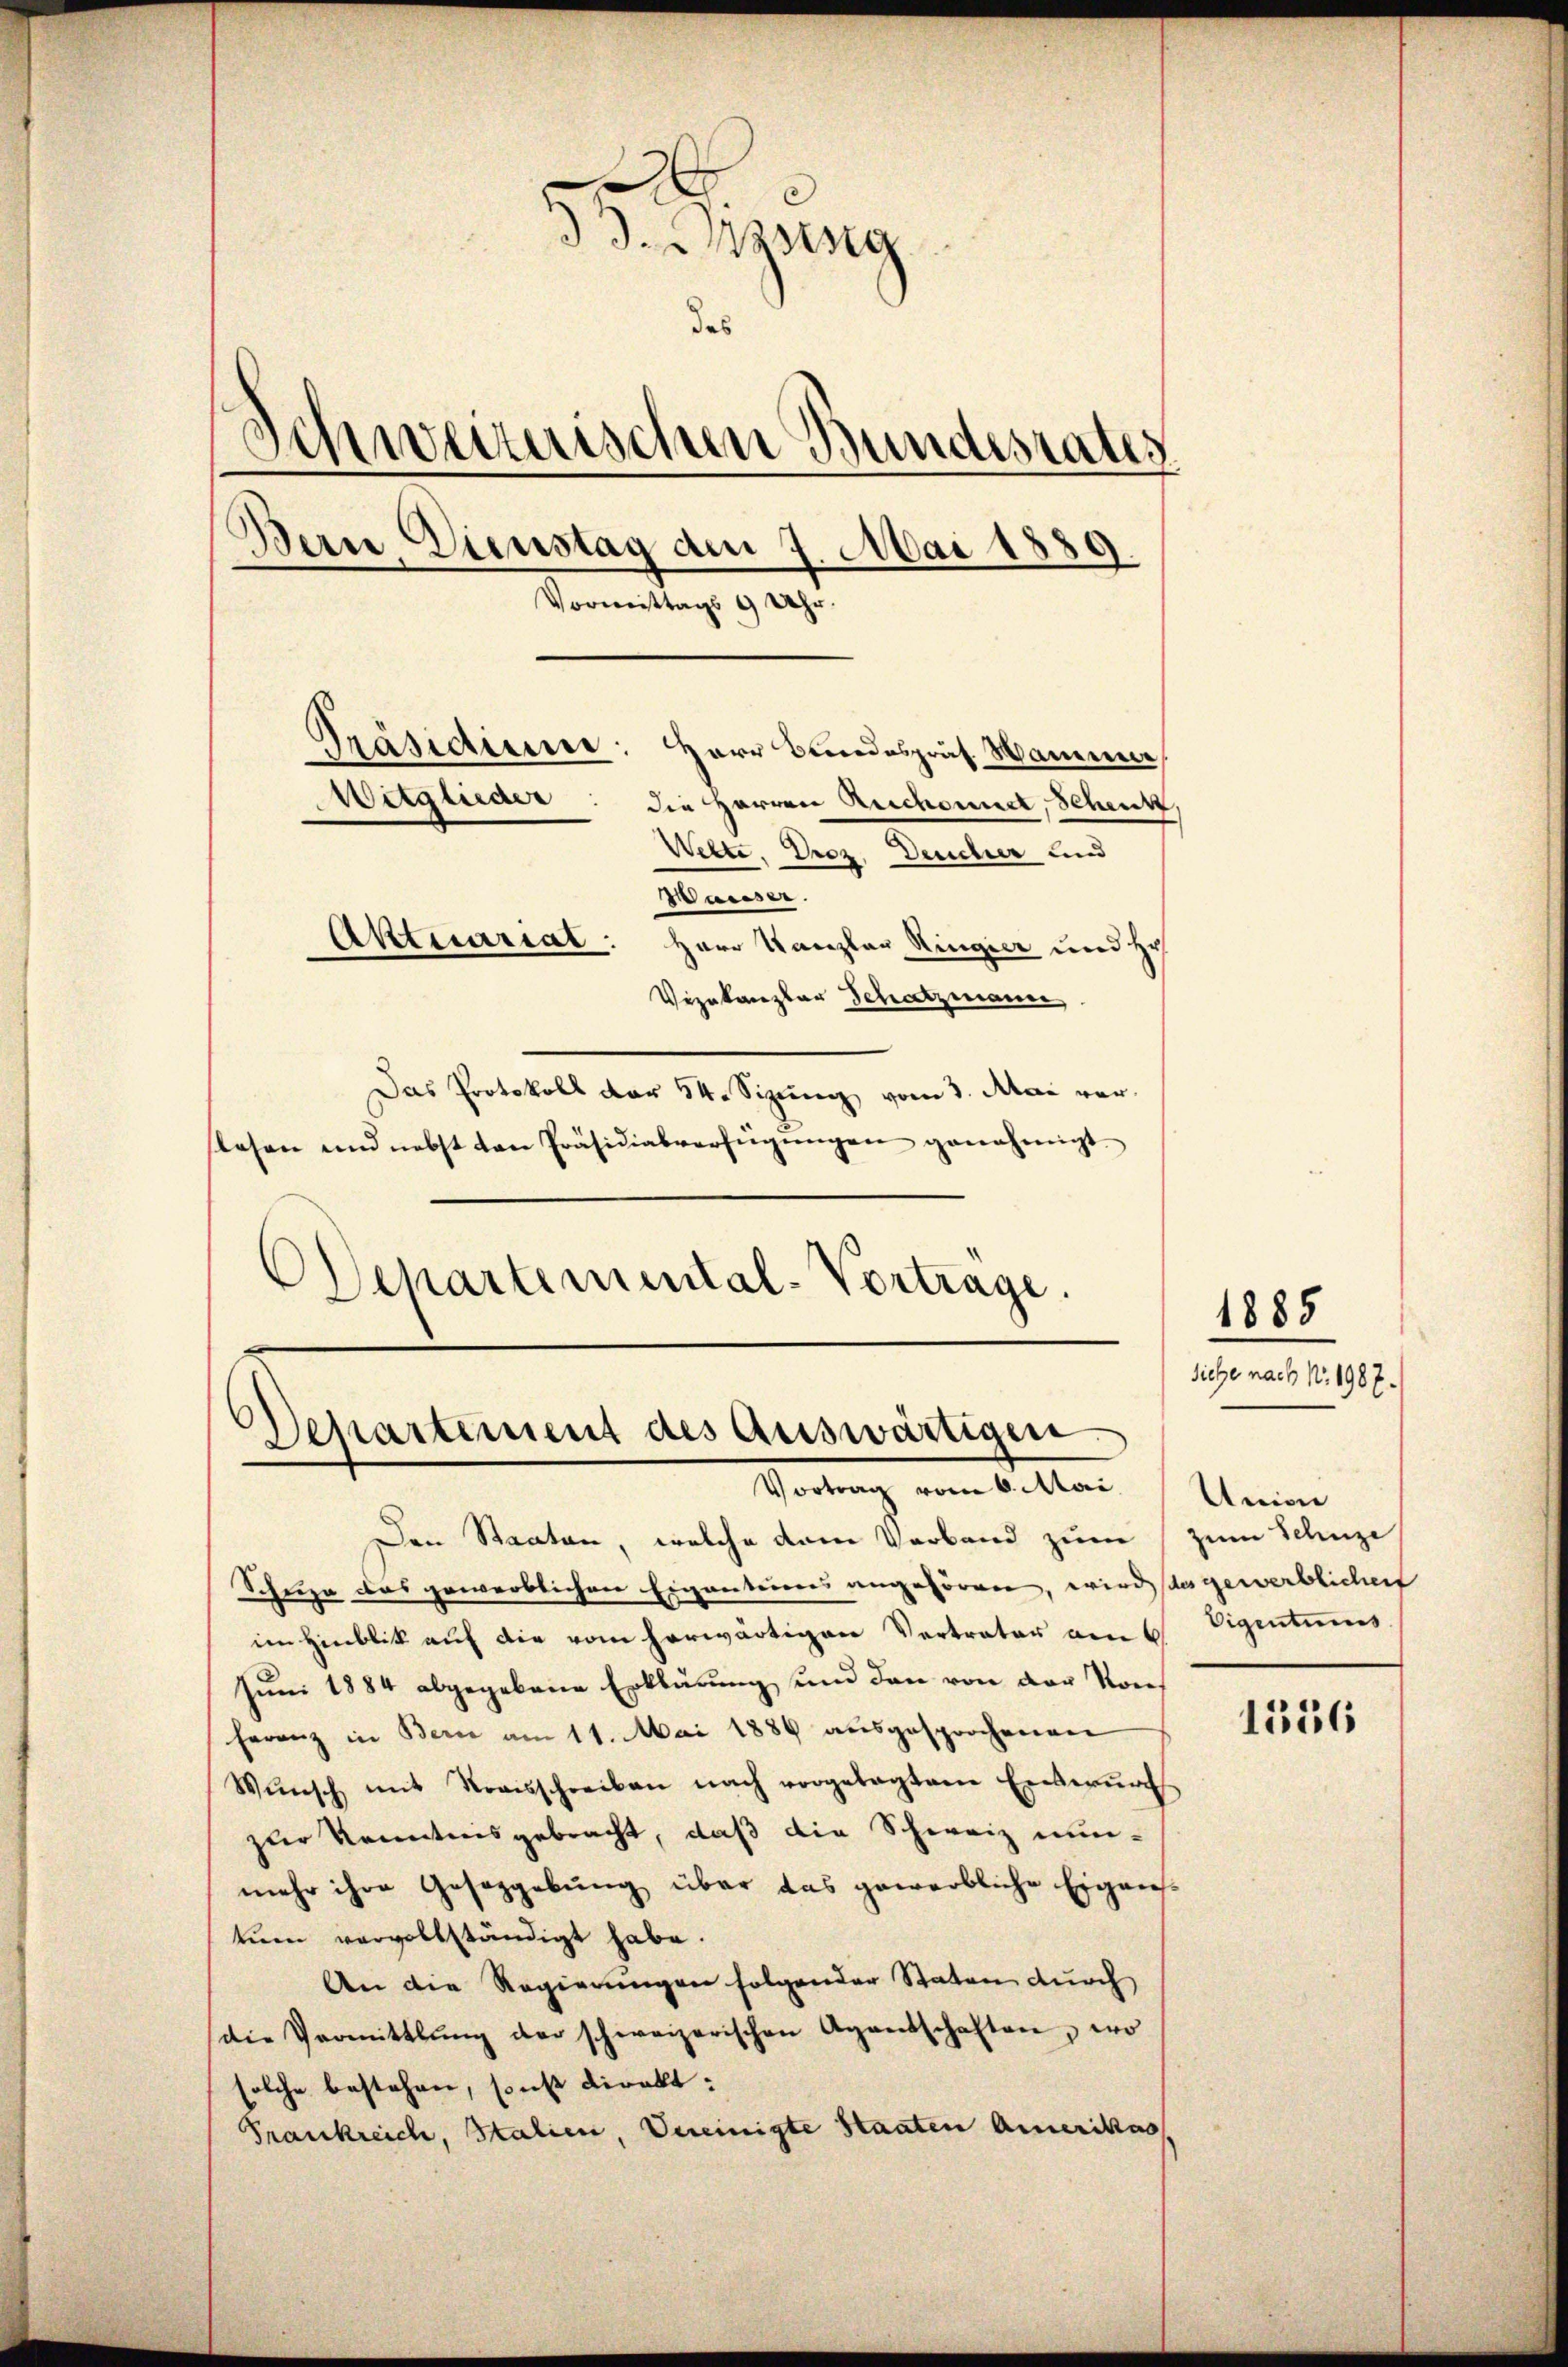
A
33. Haseng
das
Schwerenischen Bundesrates
Bern, Dienstag am 7. Mai 1889.
Vormittags 9 Uhr.
Präsidiume: Herr Bundespräs. Wammer,
Witglieder: die Herren Auchonnet, Schenk,
Wette, Droz. Deucher und
Wasser.
Aktuariat: Herr Kanzlau Ringier und Ho
Vizekanzlar Schatzmann
Das Protokoll der 54. Sizung vom 3. Mai ver¬

lesen und nebst ten Präsidialverfügŭngen genehmigt.
Departemental-Vortrage.

Departement des Auswärtigen
Vortrag vom 6. Mai. Union

Den Staaten, welche dem Verband zum (zum Schuze
Schuze das gewerblichen Eigentaires angehören, wird das gewerblichert
im Hinblik auf die vom herwärtigen Vertreter am 6. Eigentums
Juni 1884 abgegebene Erklärung und den von der von
ferenz in Bern am 11. Mai 1889 ausgesprochenen
Wŭnsch mit Kraisschreiben nach vorgelegtem Enderŭng
zur Kenntnisgebracht, daß die Schweiz nun-
mehr ihre Geseggebŭng über das gewerbliche Eigens
tum vervollständigt habe.
An die Regierungen folgender Staten durch
die Vermittlung der schweizerischen Agentschaften, wo
solche bestehen, sonst direkt:
Frankreich, Italien, Vereinigte Staaten Amerikas

1885
siche nach N. 1987.

1556